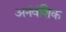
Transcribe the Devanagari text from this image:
अनंवंशिक